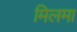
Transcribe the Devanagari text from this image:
मिलमा